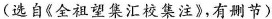
(选自《全祖望集汇校集注》，有删节)